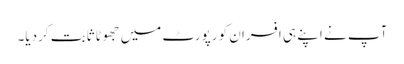
آپ نے اپنے ہی افسران کو رپورٹ میں جھوٹا ثابت کردیا۔